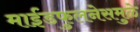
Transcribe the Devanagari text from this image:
माईंडफुलनेसमुळे